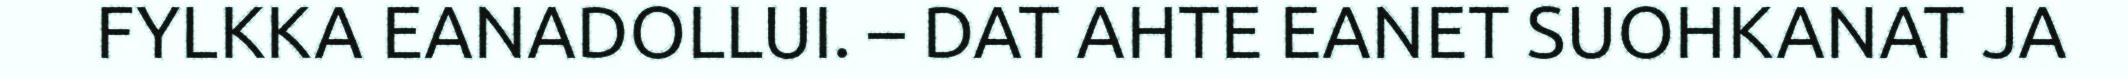
FYLKKA EANADOLLUI. – DAT AHTE EANET SUOHKANAT JA